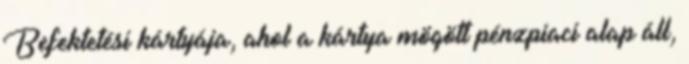
Befektetési kártyája, ahol a kártya mögött pénzpiaci alap áll,